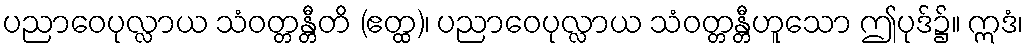
ပညာဝေပုလ္လာယ သံဝတ္တန္တီတိ (ဧတ္ထ)၊ ပညာဝေပုလ္လာယ သံဝတ္တန္တီဟူသော ဤပုဒ်၌။ ဣဒံ၊